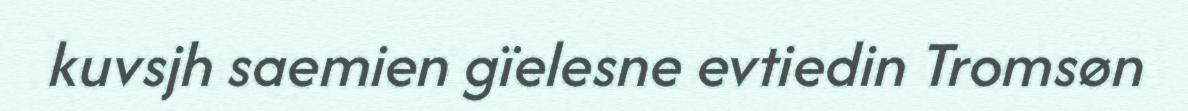
kuvsjh saemien gïelesne evtiedin Tromsøn